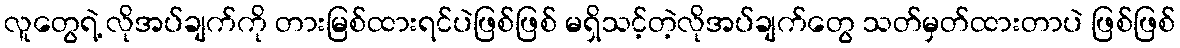
လူတွေရဲ့ လိုအပ်ချက်ကို တားမြစ်ထားရင်ပဲဖြစ်ဖြစ် မရှိသင့်တဲ့လိုအပ်ချက်တွေ သတ်မှတ်ထားတာပဲ ဖြစ်ဖြစ်